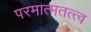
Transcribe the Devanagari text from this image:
परमात्मतत्त्व